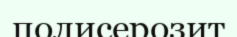
полисерозит